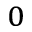
^ 0